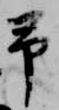
予